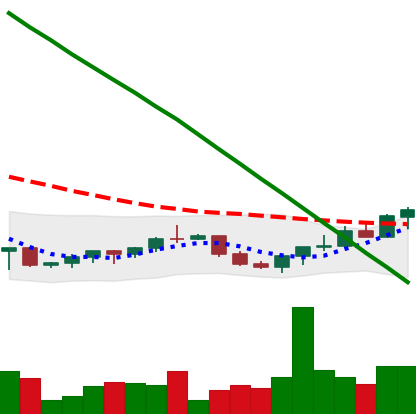
Ticker: XRP-USD
Chart end date: 2022-07-19
Forward return: -3.742%
Label: down_3_5